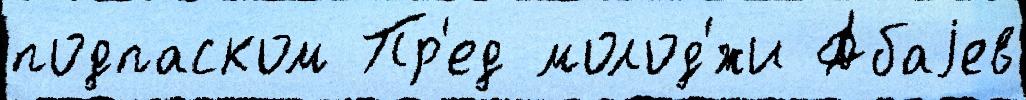
подпаском Пр'ед молод'́жи Абаjев